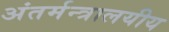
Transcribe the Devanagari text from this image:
अंतर्मन्त्रालयीय